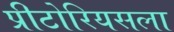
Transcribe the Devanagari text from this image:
प्रीटोरियसला